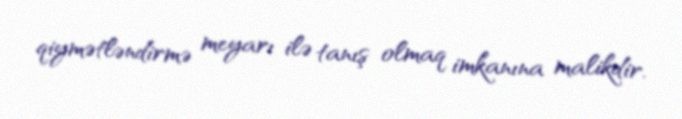
qiymətləndirmə meyarı ilə tanış olmaq imkanına malikdir.